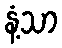
နံ့သာ